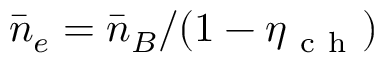
\bar { n } _ { e } = \bar { n } _ { B } / ( 1 - \eta _ { \mathrm { ~ c ~ h ~ } } )